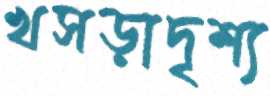
খসড়াদৃশ্য